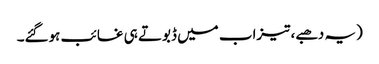
(یہ دھبے، تیزاب میں ڈبوتے ہی غائب ہوگئے۔